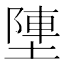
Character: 塦